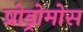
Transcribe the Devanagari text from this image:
प्रोड्रोमोस